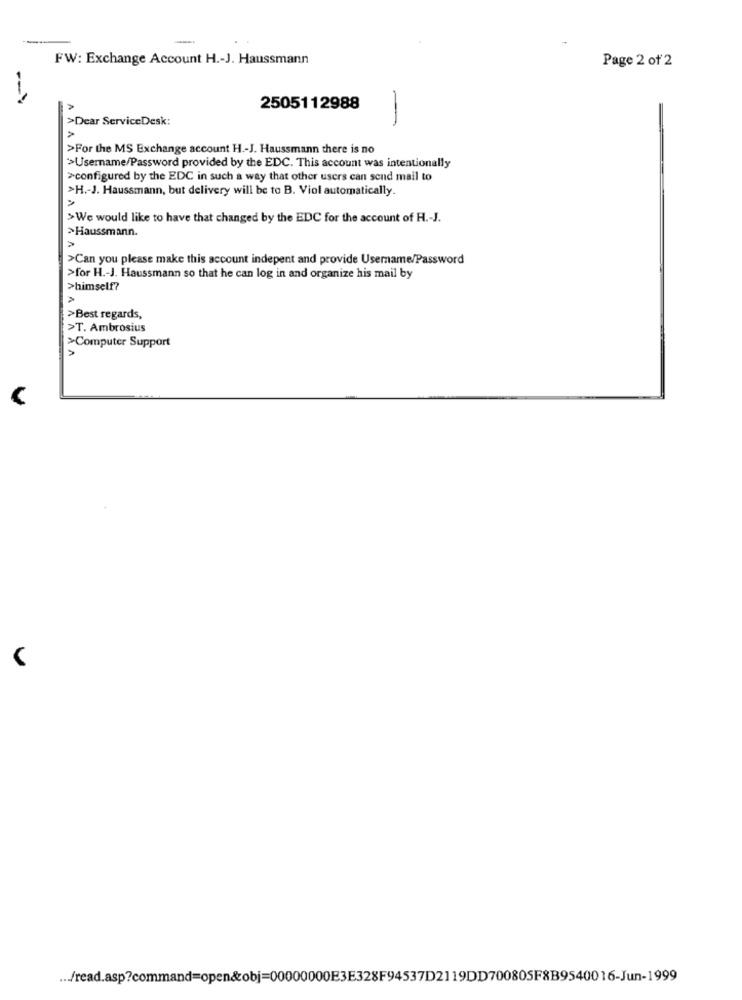
FW: Exchange Account H .- J. Haussmann
Page 2 of 2
2505112988
>Dear ServiceDesk:
>For the MS Exchange account H .- J. Haussmann there is no
>Username/Password provided by the EDC. This account was intentionally
>configured by the EDC in such a way that other users can send mail to
>H .- J. Haussmann, but delivery will be to B. Viol automatically.
>We would like to have that changed by the EDC for the account of H .- J.
>Haussmann.
>Can you please make this account indepent and provide Username/Password
>for H .- J. Haussmann so that he can log in and organize his mail by
>himself?
>Best regards,
>T. Ambrosius
>Computer Support
... /read.asp?command=open&obj=00000000E3E328F94537D2119DD700805F&B9540016-Jun-1999